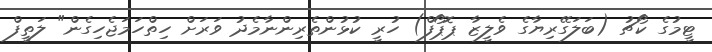
ޓީމުގެ ކޯޗު (ބަލަގޭރިޔާގެ ވެލީޒާ ޕޮޕޯފް) ހުރީ ކުޅުންތެރިންނާމެދު ވަރަށް ހިތްހަމަޖެހިގެން" ލަތީފް